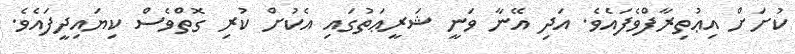
ކުށަށް އިޢުތިރާފްވެފައެވެ. އަދި އޭނާ ވަނީ ޝަރީޢަތުގައި އެކުށް ކުރި ގޮތްވެސް ކިޔައިދީފައެވެ.